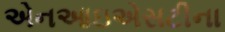
એનઆઇએસટીના